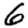
Digit: 6